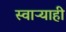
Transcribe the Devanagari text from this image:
स्वाऱ्याही